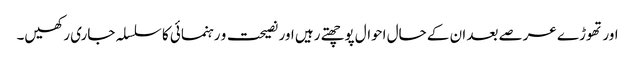
اور تھوڑے عرصے بعد ان کے حال احوال پوچھتے رہیں اور نصیحت و رہنمائی کا سلسلہ جاری رکھیں۔